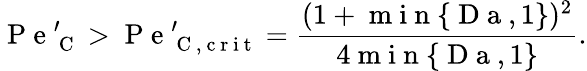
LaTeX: \mathrm{~P~e~}_{\mathrm{~C~}}^{\prime}>\mathrm{~P~e~}_{\mathrm{~C~,~c~r~i~t~}}^{\prime}=\frac{(1+\mathrm{~m~i~n~}\{ \mathrm{~D~a~},1\} )^{2}}{4\mathrm{~m~i~n~}\{ \mathrm{~D~a~},1\} }.